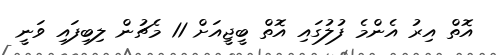
އޮތް އިރު އެންމެ ފުލުގައި އޮތް ބީޖީއަށް 11 މެޗުން ލިބިފައި ވަނީ